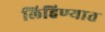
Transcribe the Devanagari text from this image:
लिहिण्‍यात